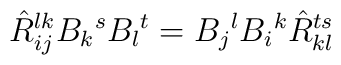
\hat{R}^{lk}_{ij}B_k{}^sB_l{}^t=B_j{}^lB_i{}^k  \hat{R}^{ts}_{kl}